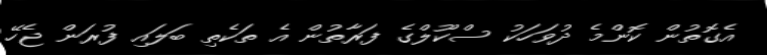
އެގޮތުން ކޮންމެ ދުވަހަކު ސްކޫލްގެ ފަރާތުން އެ ތަކެތި ބަލައި ފުރަން ޖެހޭ